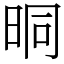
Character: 晍